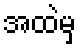
အထဲမှ